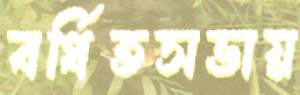
বর্ধিতসভায়